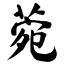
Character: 菀